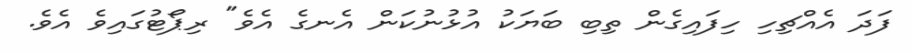
ފަދަ އެއްޗިހި ހިފައިގެން ތިބި ބަޔަކު އުޅުނުކަން އެނގެ އެވެ" ރިޕޯޓުގައިވެ އެވެ.